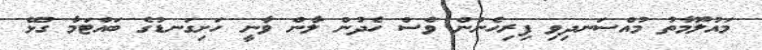
މައުލޫމާތު މުއްސަނދިވި ފިރިހެނުން ވެސް ހެދުން ލާން ވާނީ ހަށިގަނޑުގެ ބައްޓަމާ ގުޅޭ